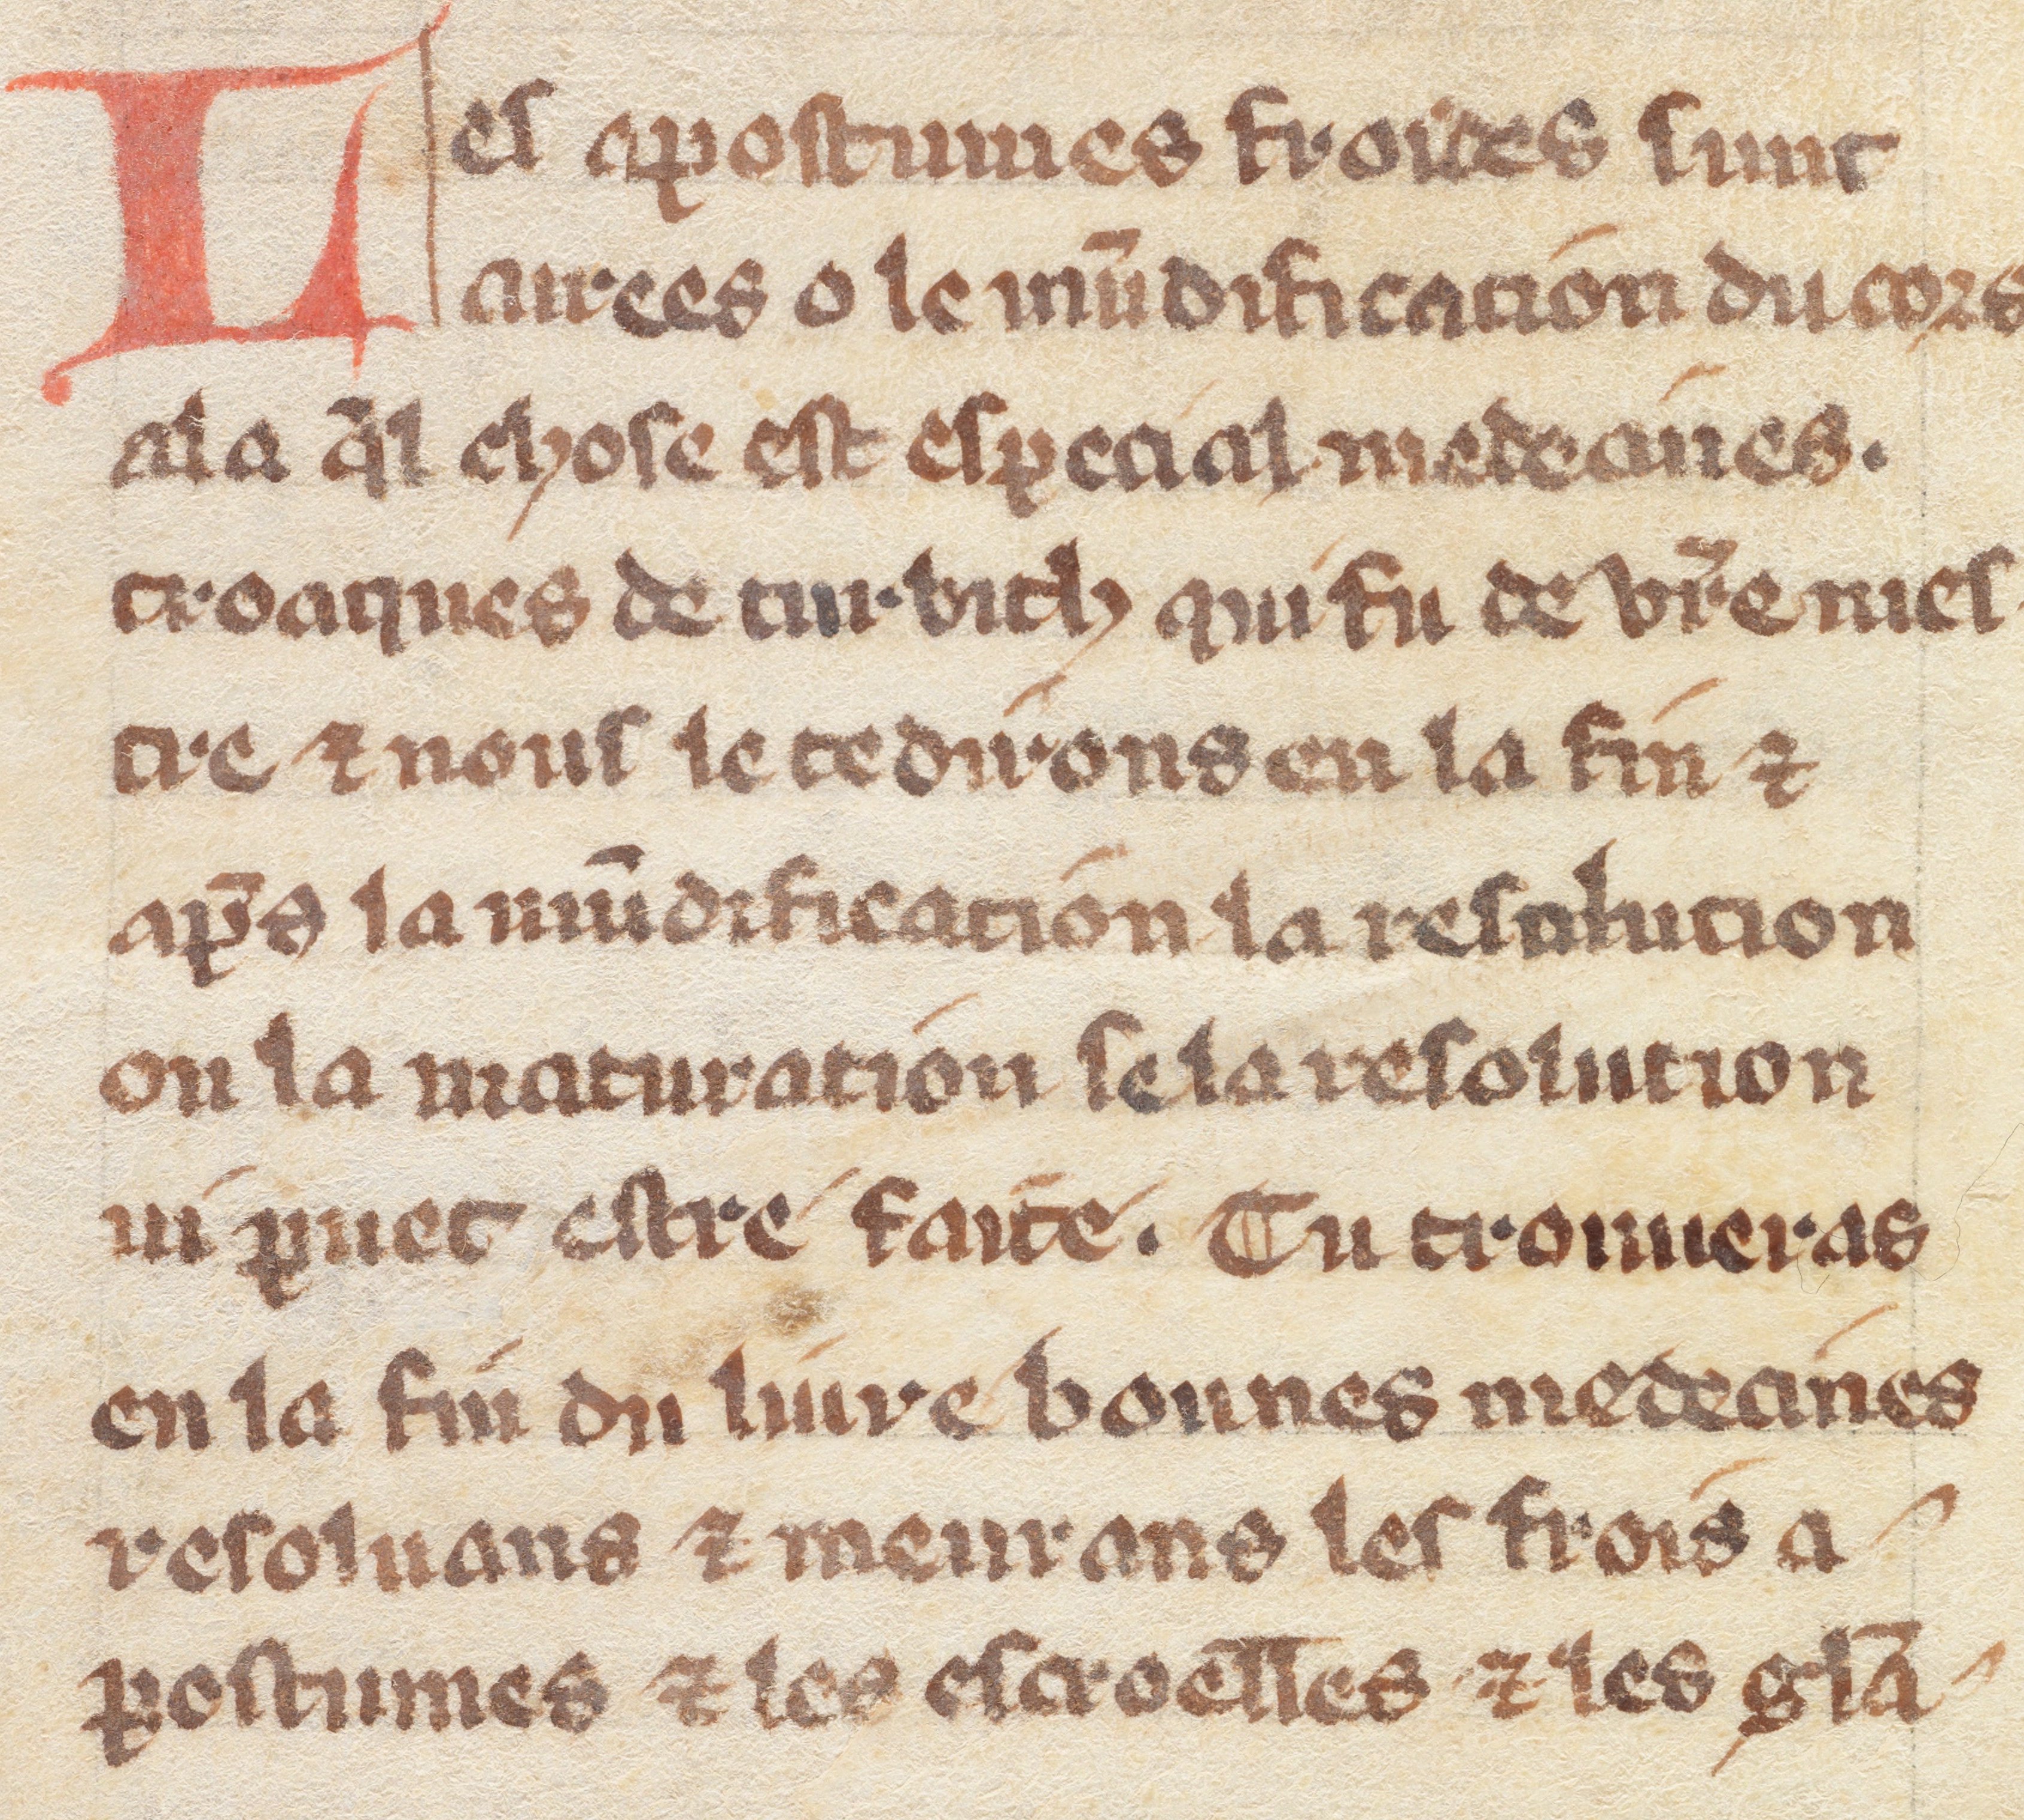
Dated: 1300–1330